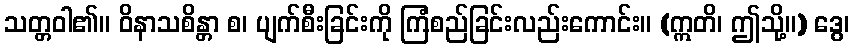
သတ္တဝါ၏။ ဝိနာသစိန္တာ စ၊ ပျက်စီးခြင်းကို ကြံစည်ခြင်းလည်းကောင်း။ (ဣတိ၊ ဤသို့။) ဒွေ၊